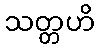
သတ္တဟိ